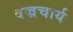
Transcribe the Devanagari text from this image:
वज्रचार्य